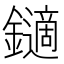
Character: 𨮹